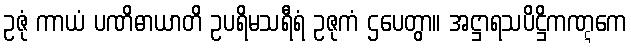
ဥဇုံ ကာယံ ပဏိဓာယာတိ ဥပရိမသရီရံ ဥဇုကံ ဌပေတွာ။ အဋ္ဌာရသပိဋ္ဌိကဏ္ဋကေ